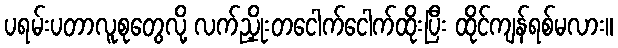
ပရမ်းပတာလူစုတွေလို့ လက်ညှိုးတငေါက်ငေါက်ထိုးပြီး ထိုင်ကျန်ရစ်မလား။